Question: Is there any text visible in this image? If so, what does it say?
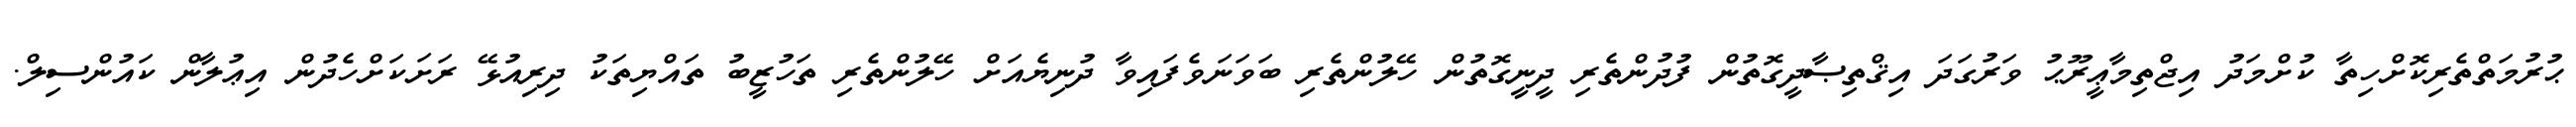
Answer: ޙުރުމަތްތެރިކޮށްހިތާ ކުށްމަދު އިޖްތިމާޢީރޫޙު ވަރުގަދަ އިޤްތިޞާދީގޮތުން ފުދުންތެރި ދީނީގޮތުން ހޭލުންތެރި ބަވަނަވެފައިވާ ދުނިޔެއަށް ހޭލުންތެރި ތަހުޒީބު ތައްޔިތަކު ދިރިއުޅޭ ރަށަކަށްހެދުން އިޢުލާން ކައުންސިލް.